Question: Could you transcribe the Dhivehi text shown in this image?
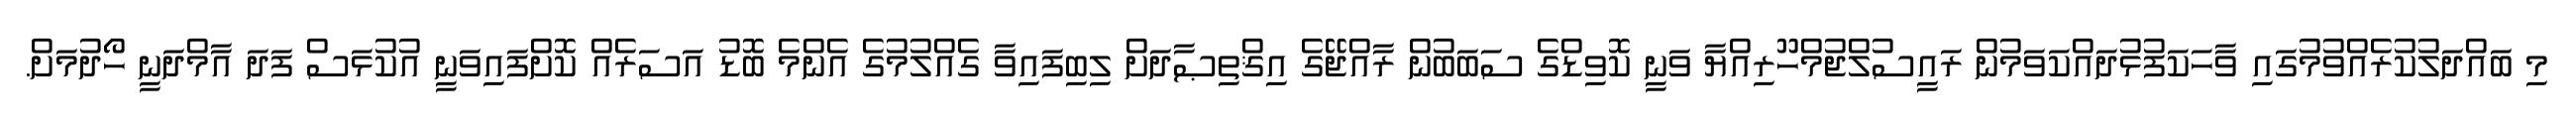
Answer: މި ބައްދަލުކުރެއްވުމުގައި ވާހަކަފުޅުދައްކަވަމުން ރައީސުލްޖުމްހޫރިއްޔާ ވަނީ ކޮވިޑްގެ ސަބަބުން ރާއްޖޭގެ އިޤްތިޞާދަށް ލިބިފައިވާ ގެއްލުމުގެ އެންމެ ބޮޑު އަސަރެއް ކޮށްފައިވަނީ އުކުޅަސް ފަދަ އާމްދަނީ ހޯދުމަށް.